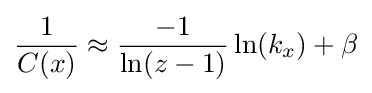
{\frac {1}{C(x)}}\approx {\frac {-1}{\ln(z-1)}}\ln(k_{x})+\beta